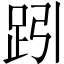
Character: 𧿯